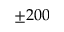
\pm 2 0 0